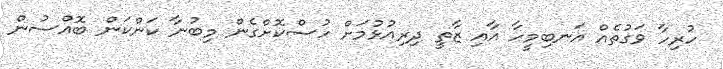
ހުރިހާ ވަގުތެއް އަނބިމީހާ އާއި ޒާތީ ދިރިއުޅުމަށް ހުސްކޮށްގެން މިބުނާ ކަންކަން ބޮއްސުން